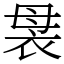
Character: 袰